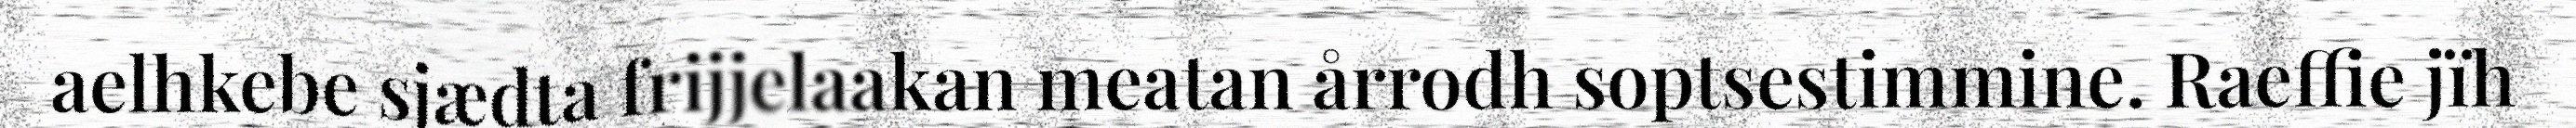
aelhkebe sjædta frijjelaakan meatan årrodh soptsestimmine. Raeffie jïh